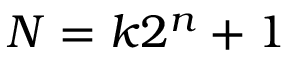
N = k 2 ^ { n } + 1